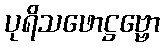
ပုရိသဖောဋ္ဌဗ္ဗော